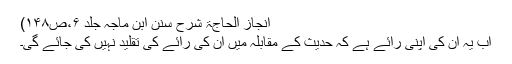
انجاز الحاجۃ شرح سنن ابن ماجہ جلد ۶،ص۱۴۸)
اب یہ ان کی اپنی رائے ہے کہ حدیث کے مقابلہ میں ان کی رائے کی تقلید نہیں کی جائے گی۔